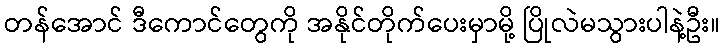
တန်အောင် ဒီကောင်တွေကို အနိုင်တိုက်ပေးမှာမို့ ပြိုလဲမသွားပါနဲ့ဦး။